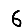
Digit: 6